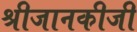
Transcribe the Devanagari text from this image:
श्रीजानकीजी